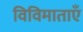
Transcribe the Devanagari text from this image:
विविमाताएँ